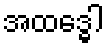
အထဒ္ဓေါ